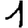
Digit: 1